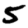
Digit: 5